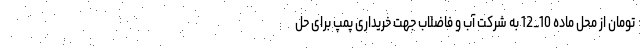
تومان از محل ماده 10_12 به شرکت آب و فاضلاب جهت خریداری پمپ برای حل